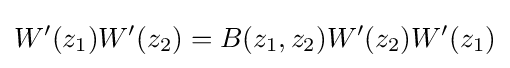
W'(z_{1})W'(z_{2})=B(z_{1},z_{2})W'(z_{2})W'(z_{1})